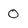
Character: 0